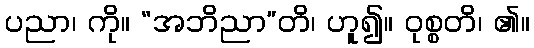
ပညာ၊ ကို။ “အဘိညာ”တိ၊ ဟူ၍။ ဝုစ္စတိ၊ ၏။